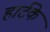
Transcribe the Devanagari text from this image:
हार्टके